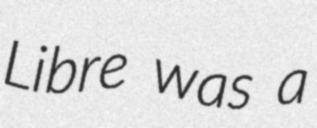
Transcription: Libre was a